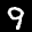
Label: 9